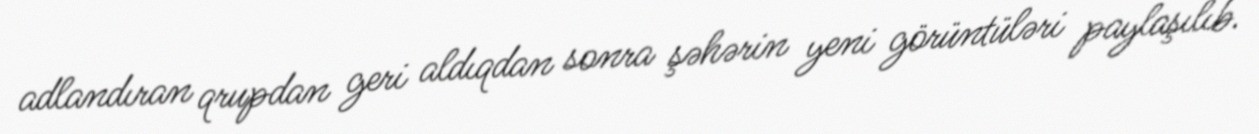
adlandıran qrupdan geri aldıqdan sonra şəhərin yeni görüntüləri paylaşılıb.